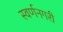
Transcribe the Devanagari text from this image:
स्‍वर्णनगरी